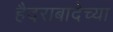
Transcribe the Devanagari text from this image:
हैदराबादेच्या